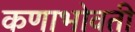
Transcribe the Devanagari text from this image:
कणाभोवती